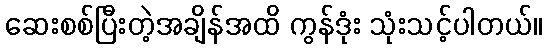
ဆေးစစ်ပြီးတဲ့အချိန်အထိ ကွန်ဒုံး သုံးသင့်ပါတယ်။